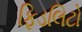
ફિડલિટો